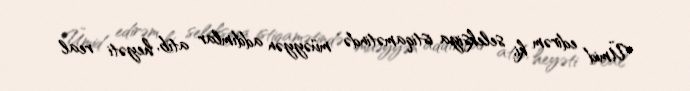
Ümid edirəm ki, seleksiya istiqamətində müəyyən addımlar atıb, heyəti real